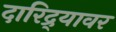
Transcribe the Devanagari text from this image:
दारिद्र्यावर